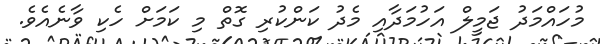
މުހައްމަދު ޖަމީލް އަހުމަދާއި މެދު ކަންކުރި ގޮތް މި ކަމަށް ހެކި ވާނެއެވެ.